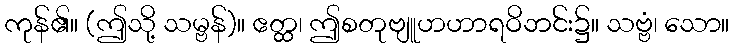
ကုန်၏။ (ဤသို့ သမ္ဗန်)။ ဧတ္ထ၊ ဤစတုဗျူဟဟာရဝိဘင်း၌။ သဗ္ဗံ၊ သော။